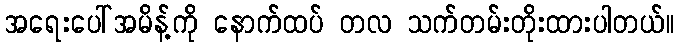
အရေးပေါ်အမိန့်ကို နောက်ထပ် တလ သက်တမ်းတိုးထားပါတယ်။